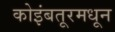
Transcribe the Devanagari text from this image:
कोइंबतूरमधून